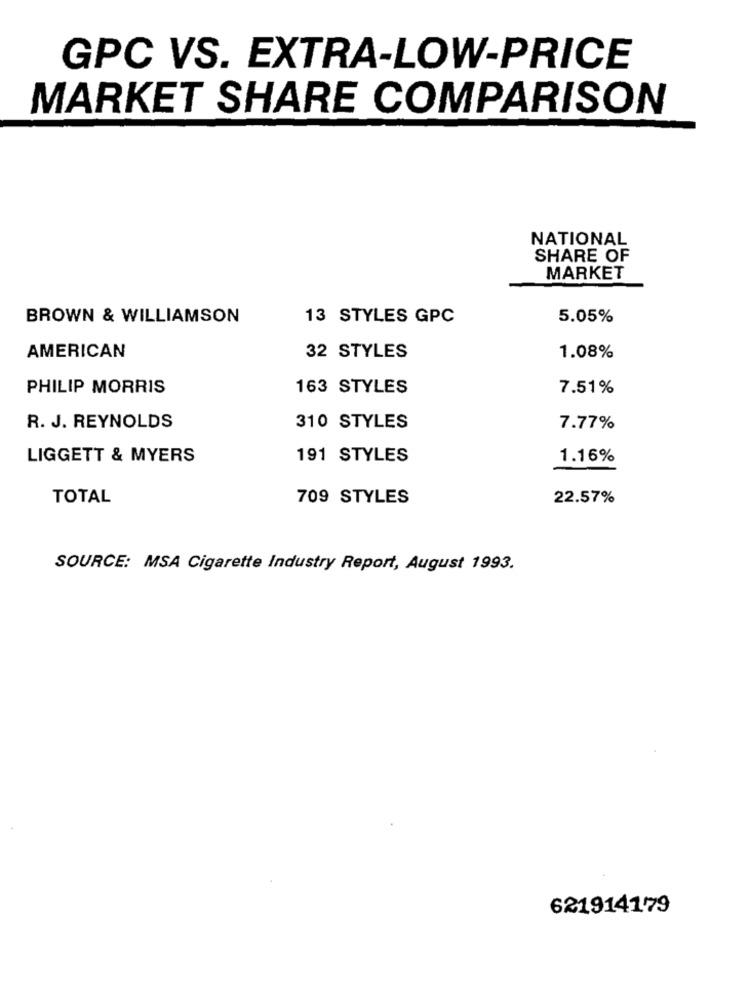
GPC VS. EXTRA-LOW-PRICE
MARKET SHARE COMPARISON
NATIONAL
SHARE OF
MARKET
BROWN & WILLIAMSON
13 STYLES GPC
5.05%
AMERICAN
32 STYLES
1.08%
PHILIP MORRIS
163 STYLES
7.51%
R. J. REYNOLDS
310 STYLES
7.77%
LIGGETT & MYERS
191 STYLES
1.16%
TOTAL
709 STYLES
22.57%
SOURCE: MSA Cigarette Industry Report, August 1993.
621914179